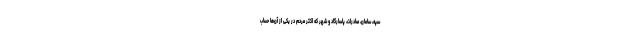
سپه، سامان، صادرات، پاسارگاد و شهر که اکثر مردم در یکی از آن‌ها حساب